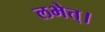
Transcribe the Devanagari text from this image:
लभेत्।